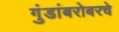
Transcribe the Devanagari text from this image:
गुंडांबरोबरचे